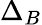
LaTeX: \Delta_{B}